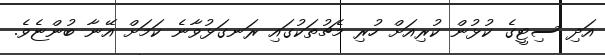
އަދި ސިޓީގެ ކުޅުން ކުރިއަށް ހުރި މެޗުތަކުގައި ރަނގަޅުވާނެ ކަމަށް އޭނާ ބުންޏެވެ.